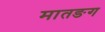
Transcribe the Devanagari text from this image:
मातङग